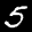
Label: 5